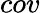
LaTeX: cov